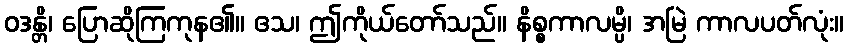
ဝဒန္တိ၊ ပြောဆိုကြကုန၏။ ဧသ၊ ဤကိုယ်တော်သည်။ နိစ္စကာလမ္ပိ၊ အမြဲ ကာလပတ်လုံး။